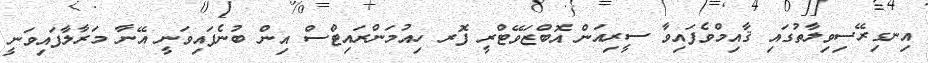
އިނގިރޭސިވިލާތުގައި ޤާއިމްވެފައިވާ ސީރިއަން އޮބްޒަވޭޓްރީ ފޮރ ހިއުމަންރައިޓްސް އިން ބުނެފައިވަނީ އޭނާ މަރާލާފައިވަނީ